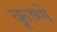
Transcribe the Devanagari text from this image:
कृष्णे